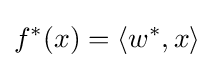
f^{*}(x)=\langle w^{*},x\rangle